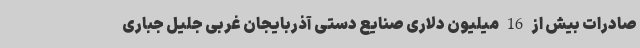
صادرات بیش از 16 میلیون دلاری صنایع دستی آذربایجان غربی جلیل جباری